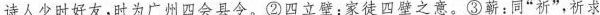
诗人少时好友，时为广州四会县令。②四立壁：家徒四壁之意。③蕲：同“祈”，祈求